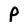
Character: P